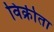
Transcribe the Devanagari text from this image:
विक्रीता